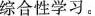
综合性学习。